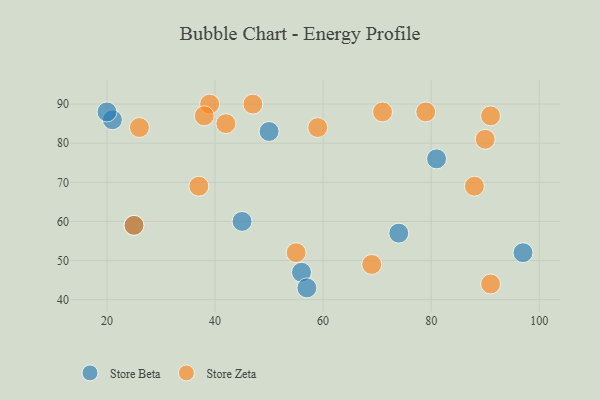
{"axis": {"x": "GDP", "y": "Life Expectancy"}, "legend": ["Store Beta", "Store Zeta"], "data": [{"x": "56", "y": 47, "type": "Store Beta"}, {"x": "81", "y": 76, "type": "Store Beta"}, {"x": "21", "y": 86, "type": "Store Beta"}, {"x": "74", "y": 57, "type": "Store Beta"}, {"x": "57", "y": 43, "type": "Store Beta"}, {"x": "20", "y": 88, "type": "Store Beta"}, {"x": "45", "y": 60, "type": "Store Beta"}, {"x": "97", "y": 52, "type": "Store Beta"}, {"x": "25", "y": 59, "type": "Store Beta"}, {"x": "50", "y": 83, "type": "Store Beta"}, {"x": "42", "y": 85, "type": "Store Zeta"}, {"x": "88", "y": 69, "type": "Store Zeta"}, {"x": "69", "y": 49, "type": "Store Zeta"}, {"x": "90", "y": 81, "type": "Store Zeta"}, {"x": "26", "y": 84, "type": "Store Zeta"}, {"x": "59", "y": 84, "type": "Store Zeta"}, {"x": "71", "y": 88, "type": "Store Zeta"}, {"x": "91", "y": 87, "type": "Store Zeta"}, {"x": "91", "y": 44, "type": "Store Zeta"}, {"x": "25", "y": 59, "type": "Store Zeta"}, {"x": "79", "y": 88, "type": "Store Zeta"}, {"x": "47", "y": 90, "type": "Store Zeta"}, {"x": "37", "y": 69, "type": "Store Zeta"}, {"x": "55", "y": 52, "type": "Store Zeta"}, {"x": "39", "y": 90, "type": "Store Zeta"}, {"x": "38", "y": 87, "type": "Store Zeta"}]}